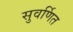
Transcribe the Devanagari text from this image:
सुवर्णित